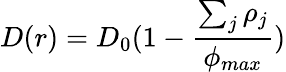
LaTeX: D(r)=D_{0}(1-\frac{\sum_{j}\rho_{j}}{\phi_{max}})